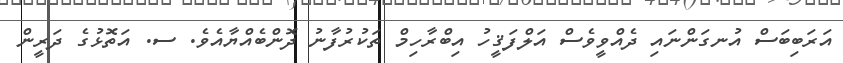
އަރަބިބަސް އުނގަންނައި ދެއްވީވެސް އަލްފަޤީހު އިބްރާހިމް ތަކުރުފާނު ދޮންބެއްޔާއެވެ. ސ. އަތޮޅުގެ ދަރީން